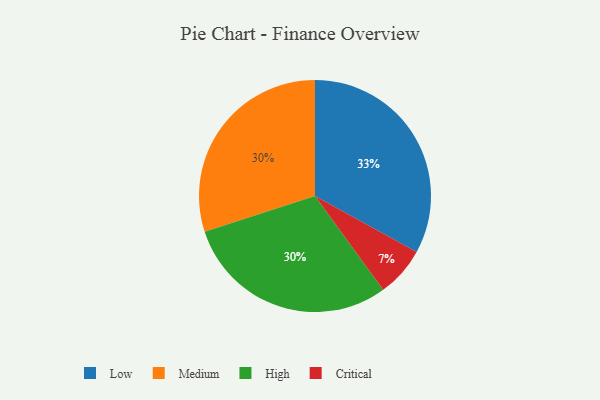
{"axis": {"x": "Category", "y": "Percentage"}, "legend": ["Critical", "High", "Low", "Medium"], "data": [{"x": "Medium", "y": 30, "type": "Medium"}, {"x": "High", "y": 30, "type": "High"}, {"x": "Critical", "y": 7, "type": "Critical"}, {"x": "Low", "y": 33, "type": "Low"}]}